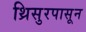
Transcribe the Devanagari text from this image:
थ्रिसुरपासून